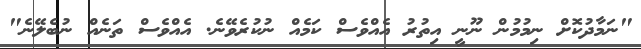
"ނަމާދުކޮށް ނިމުމުން ނޫނީ އިތުރު އެއްވެސް ކަމެއް ނުކުރެވޭނެ. އެއްވެސް ތަނެއް ނުބެލޭނެ"